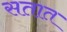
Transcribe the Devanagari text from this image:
सतात